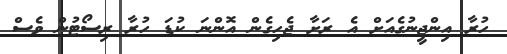
ހުރާ އިންޖީނުގެއަށް އެ ރަށާ ޖެހިގެން އޮންނަ ކުޑަ ހުރާ ރިސޯޓުން ވެސް